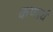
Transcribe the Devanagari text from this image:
कणार्ध